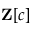
\mathbf { Z } [ c ]